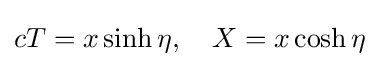
cT=x\sinh \eta ,\quad X=x\cosh \eta